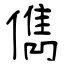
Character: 儁